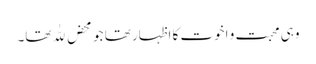
وہی محبت و اخوت کا اظہار تھا جو محض لِلّٰہ تھا۔